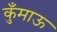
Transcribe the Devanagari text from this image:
कुँमाऊ